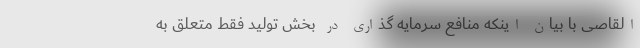
القاصی با بیان اینکه منافع سرمایه گذاری در بخش تولید فقط متعلق به